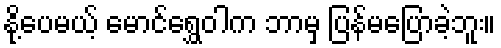
နို့ပေမယ့် မောင်ရွှေဝါက ဘာမှ ပြန်မပြောခဲ့ဘူး။